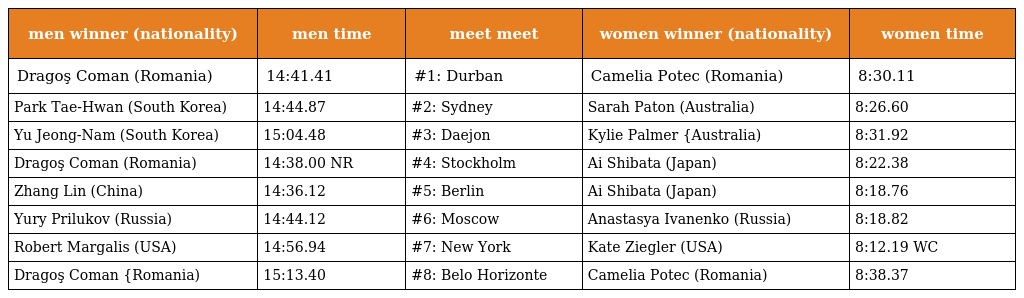
| men winner (nationality) | men time | meet meet | women winner (nationality) | women time |
 | --- | --- | --- | --- | --- |
 | Dragoş Coman (Romania) | 14:41.41 | #1: Durban | Camelia Potec (Romania) | 8:30.11 |
 | Park Tae-Hwan (South Korea) | 14:44.87 | #2: Sydney | Sarah Paton (Australia) | 8:26.60 |
 | Yu Jeong-Nam (South Korea) | 15:04.48 | #3: Daejon | Kylie Palmer {Australia) | 8:31.92 |
 | Dragoş Coman (Romania) | 14:38.00 NR | #4: Stockholm | Ai Shibata (Japan) | 8:22.38 |
 | Zhang Lin (China) | 14:36.12 | #5: Berlin | Ai Shibata (Japan) | 8:18.76 |
 | Yury Prilukov (Russia) | 14:44.12 | #6: Moscow | Anastasya Ivanenko (Russia) | 8:18.82 |
 | Robert Margalis (USA) | 14:56.94 | #7: New York | Kate Ziegler (USA) | 8:12.19 WC |
 | Dragoş Coman {Romania) | 15:13.40 | #8: Belo Horizonte | Camelia Potec (Romania) | 8:38.37 |